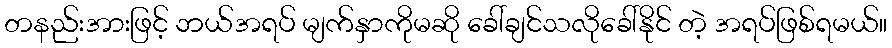
တနည်းအားဖြင့် ဘယ်အရပ် မျက်နှာကိုမဆို ခေါ်ချင်သလိုခေါ်နိုင် တဲ့ အရပ်ဖြစ်ရမယ်။